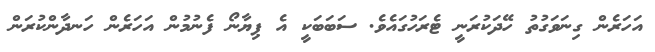
އަހަރެން ގިނަވަގުތު ހޭދަކުރަނީ ޓެރަހުގައެވެ. ސަބަބަކީ އެ ޕިޔާނޯ ފެނުމުން އަހަރެން ހަނދާންކުރަން